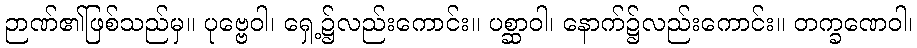
ဉာဏ်၏ဖြစ်သည်မှ။ ပုဗ္ဗေဝါ၊ ရှေ့၌လည်းကောင်း။ ပစ္ဆာဝါ၊ နောက်၌လည်းကောင်း။ တက္ခဏေဝါ၊